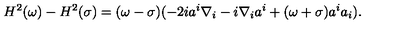
H ^ { 2 } ( \omega ) - H ^ { 2 } ( \sigma ) = ( \omega - \sigma ) ( - 2 i a ^ { i } \nabla _ { i } - i \nabla _ { i } a ^ { i } + ( \omega + \sigma ) a ^ { i } a _ { i } ) .